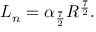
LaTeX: { \cal { L } } _ { n } = \alpha _ { \frac { 7 } { 2 } } R ^ { \frac { 7 } { 2 } } .